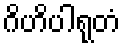
ဂိဟိပါရုတံ